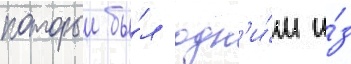
которыи бы́л одн'и́м и́з